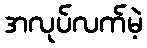
အလုပ်လက်မဲ့